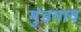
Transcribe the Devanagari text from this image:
मुंडगाव